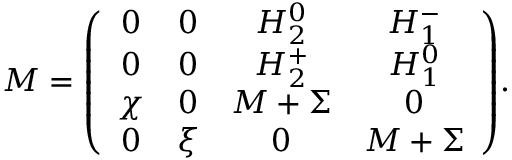
{ \cal M } = { \left( \begin{array} { c c c c } { { 0 } } & { { 0 } } & { { H _ { 2 } ^ { 0 } } } & { { H _ { 1 } ^ { - } } } \\ { { 0 } } & { { 0 } } & { { H _ { 2 } ^ { + } } } & { { H _ { 1 } ^ { 0 } } } \\ { { \chi } } & { { 0 } } & { { M + \Sigma } } & { { 0 } } \\ { { 0 } } & { { \xi } } & { { 0 } } & { { M + \Sigma } } \end{array} \right) } .